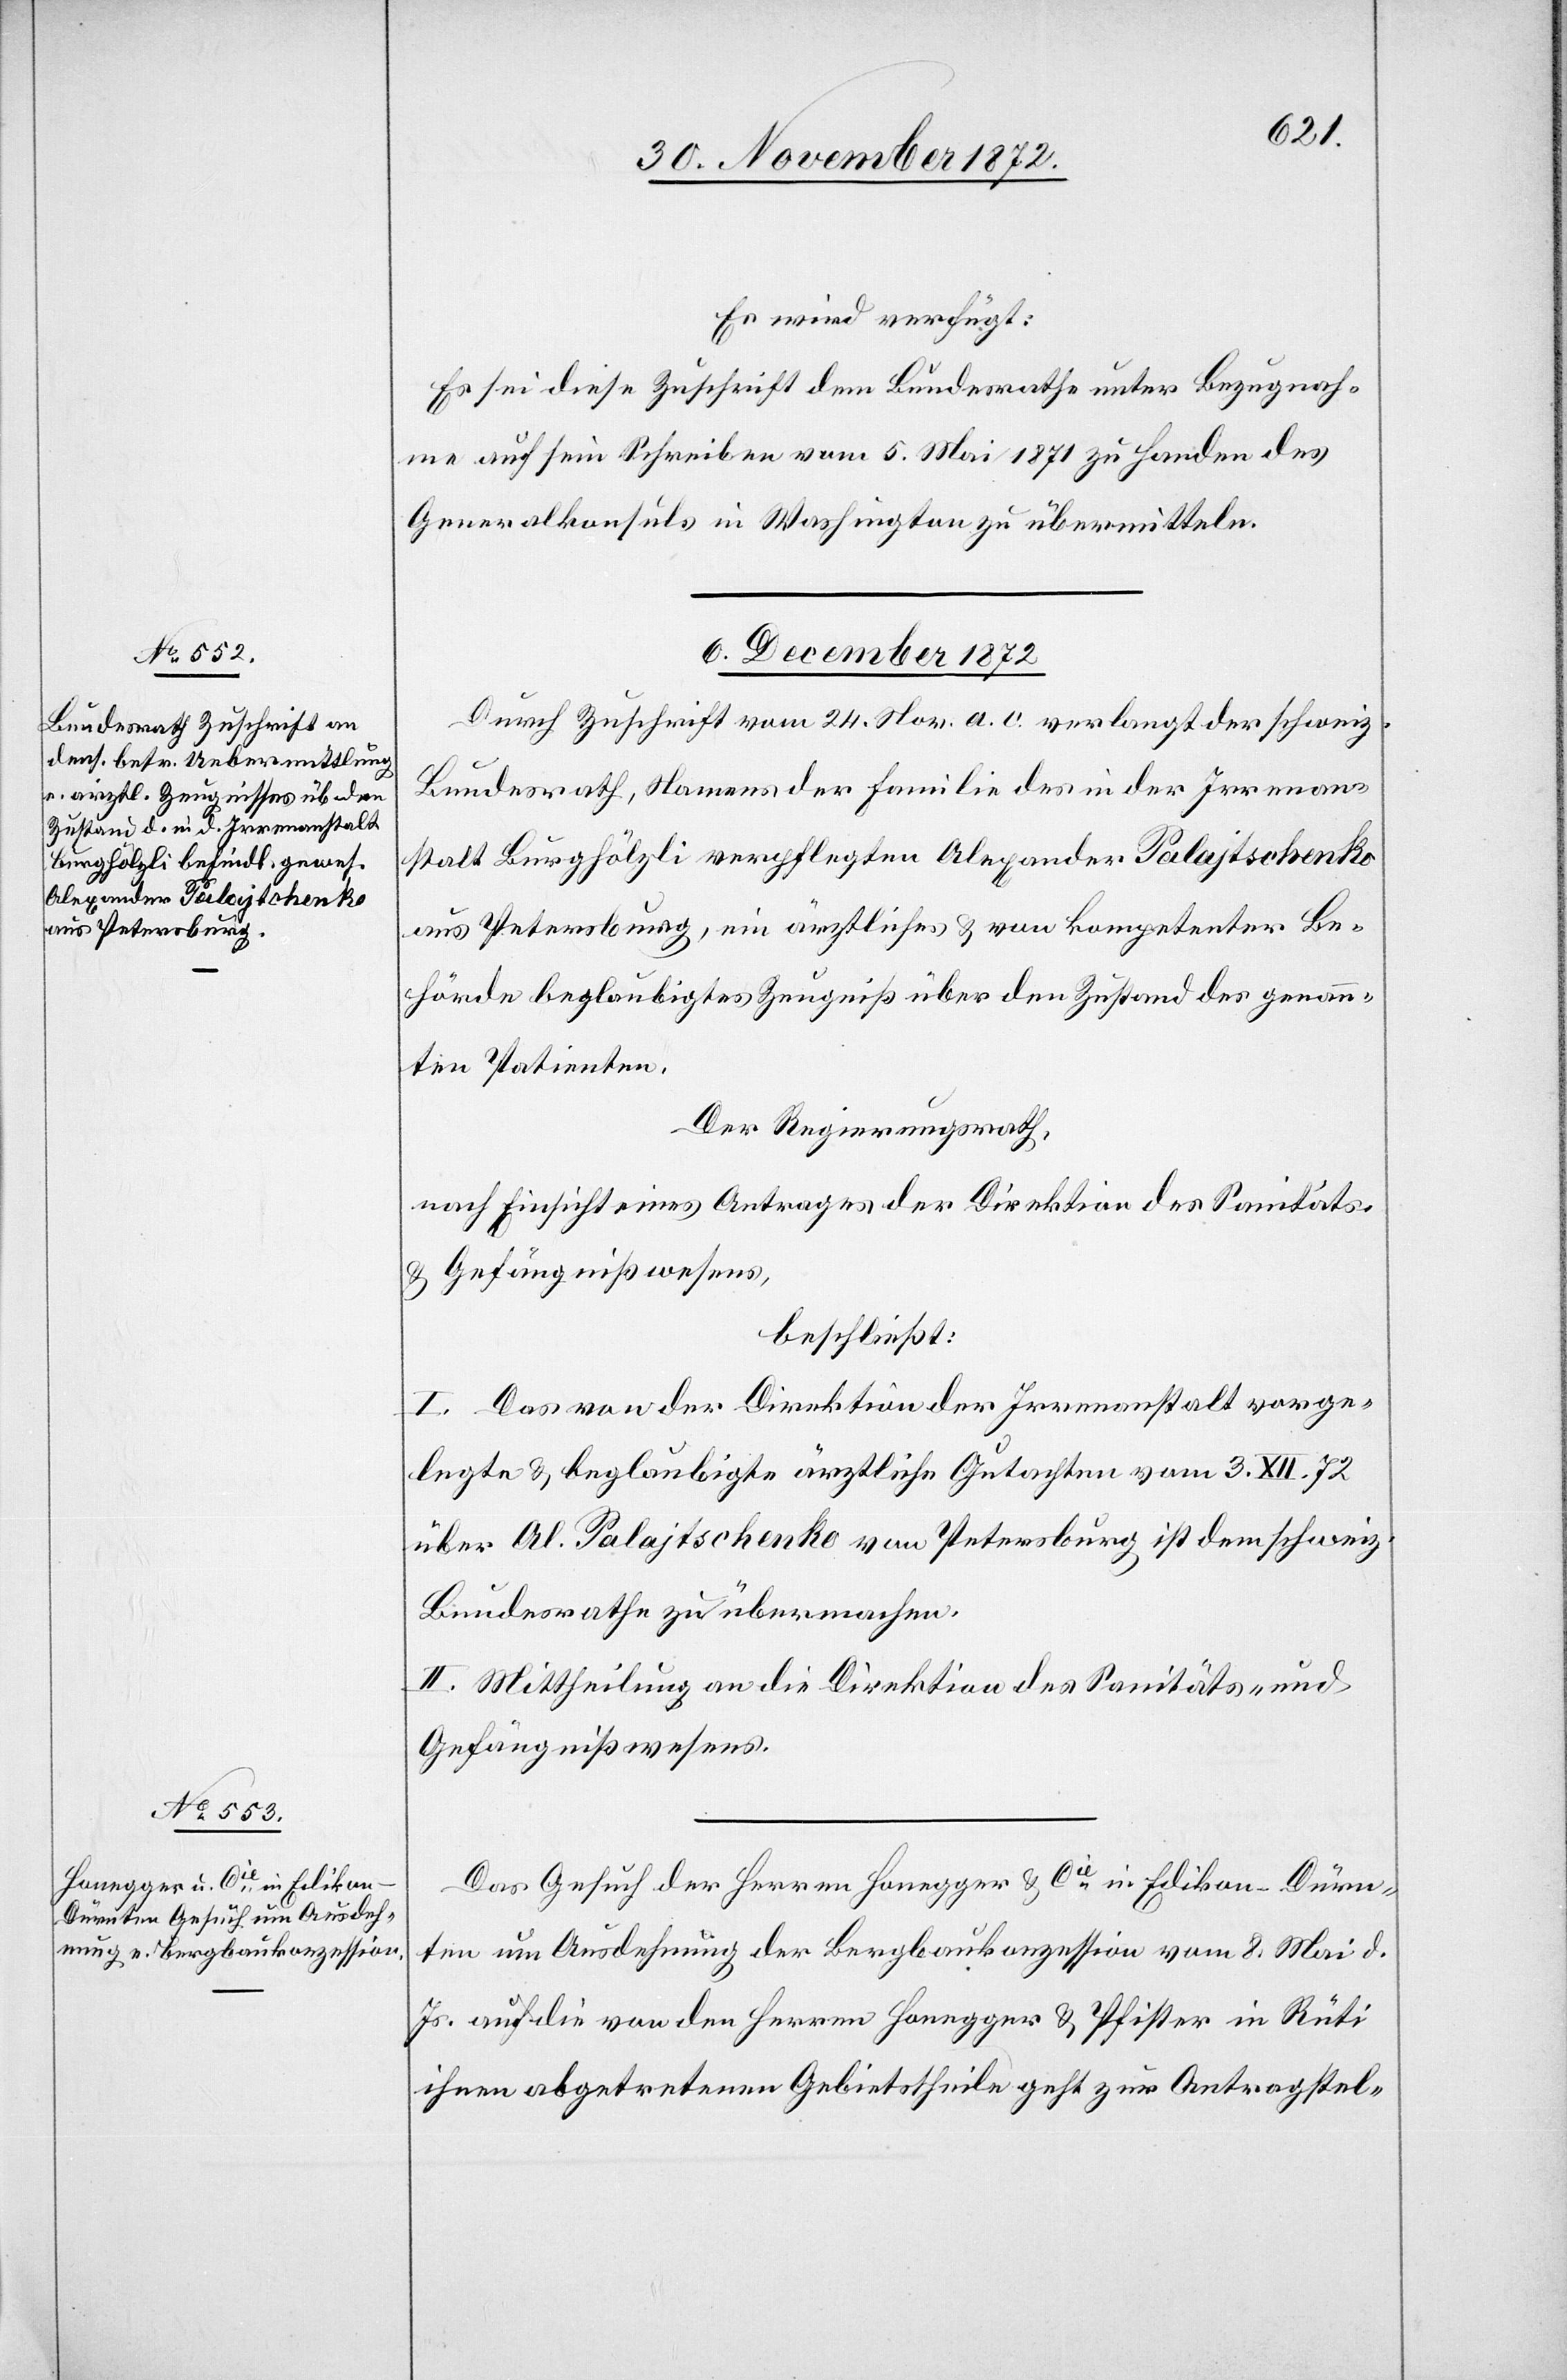
Es wird verfügt:
Es sei diese Zuschrift dem Bundesrathe unter Bezugnah¬
me auf sein Schreiben vom 5. Mai 1871 zu Handen des
Generalkonsuls in Washington zu übermitteln.
6. December 1872.]
Durch Zuschrift vom 24. Nov. a. c. verlangt der schweiz.
Bundesrath, Namens der Familie des in der Irrenan¬
stalt Burghölzli verpflegten Alexander Palajtschenko
aus Petersburg, ein ärztliches u. von kompetenter Be¬
hörde beglaubigtes Zeugniß über den Zustand des genann¬
ten Patienten.
Der Regierungsrath,
nach Einsicht eines Antrages der Direktion des Sanitäts-
u. Gefängnißwesens,
beschließt:
I. Das von der Direktion der Irrenanstalt vorge¬
legte u. beglaubigte ärztliche Gutachten vom 3. XII. 72
über Al. Palajtschenko von Petersburg ist dem schweiz.
Bundesrathe zu übermachen.
II. Mittheilung an die Direktion des Sanitäts- und
Gefängnißwesens.
Das Gesuch der Herren Honegger u. Cie in Edikon - Dürn¬
ten um Ausdehnung der Bergbaukonzession vom 8. Mai d.
Js. auf die von den Herren Honegger u. Pfister in Rüti
ihnen abgetretenen Gebietstheile geht zur Antragstel-